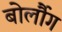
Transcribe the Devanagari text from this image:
बोर्लौग